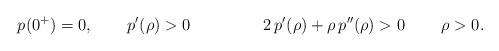
LaTeX: \begin{align*} &p(0^+) = 0,& &p'(\rho)>0& && &2\,p'(\rho)+\rho \, p''(\rho)>0& \rho>0.\end{align*}